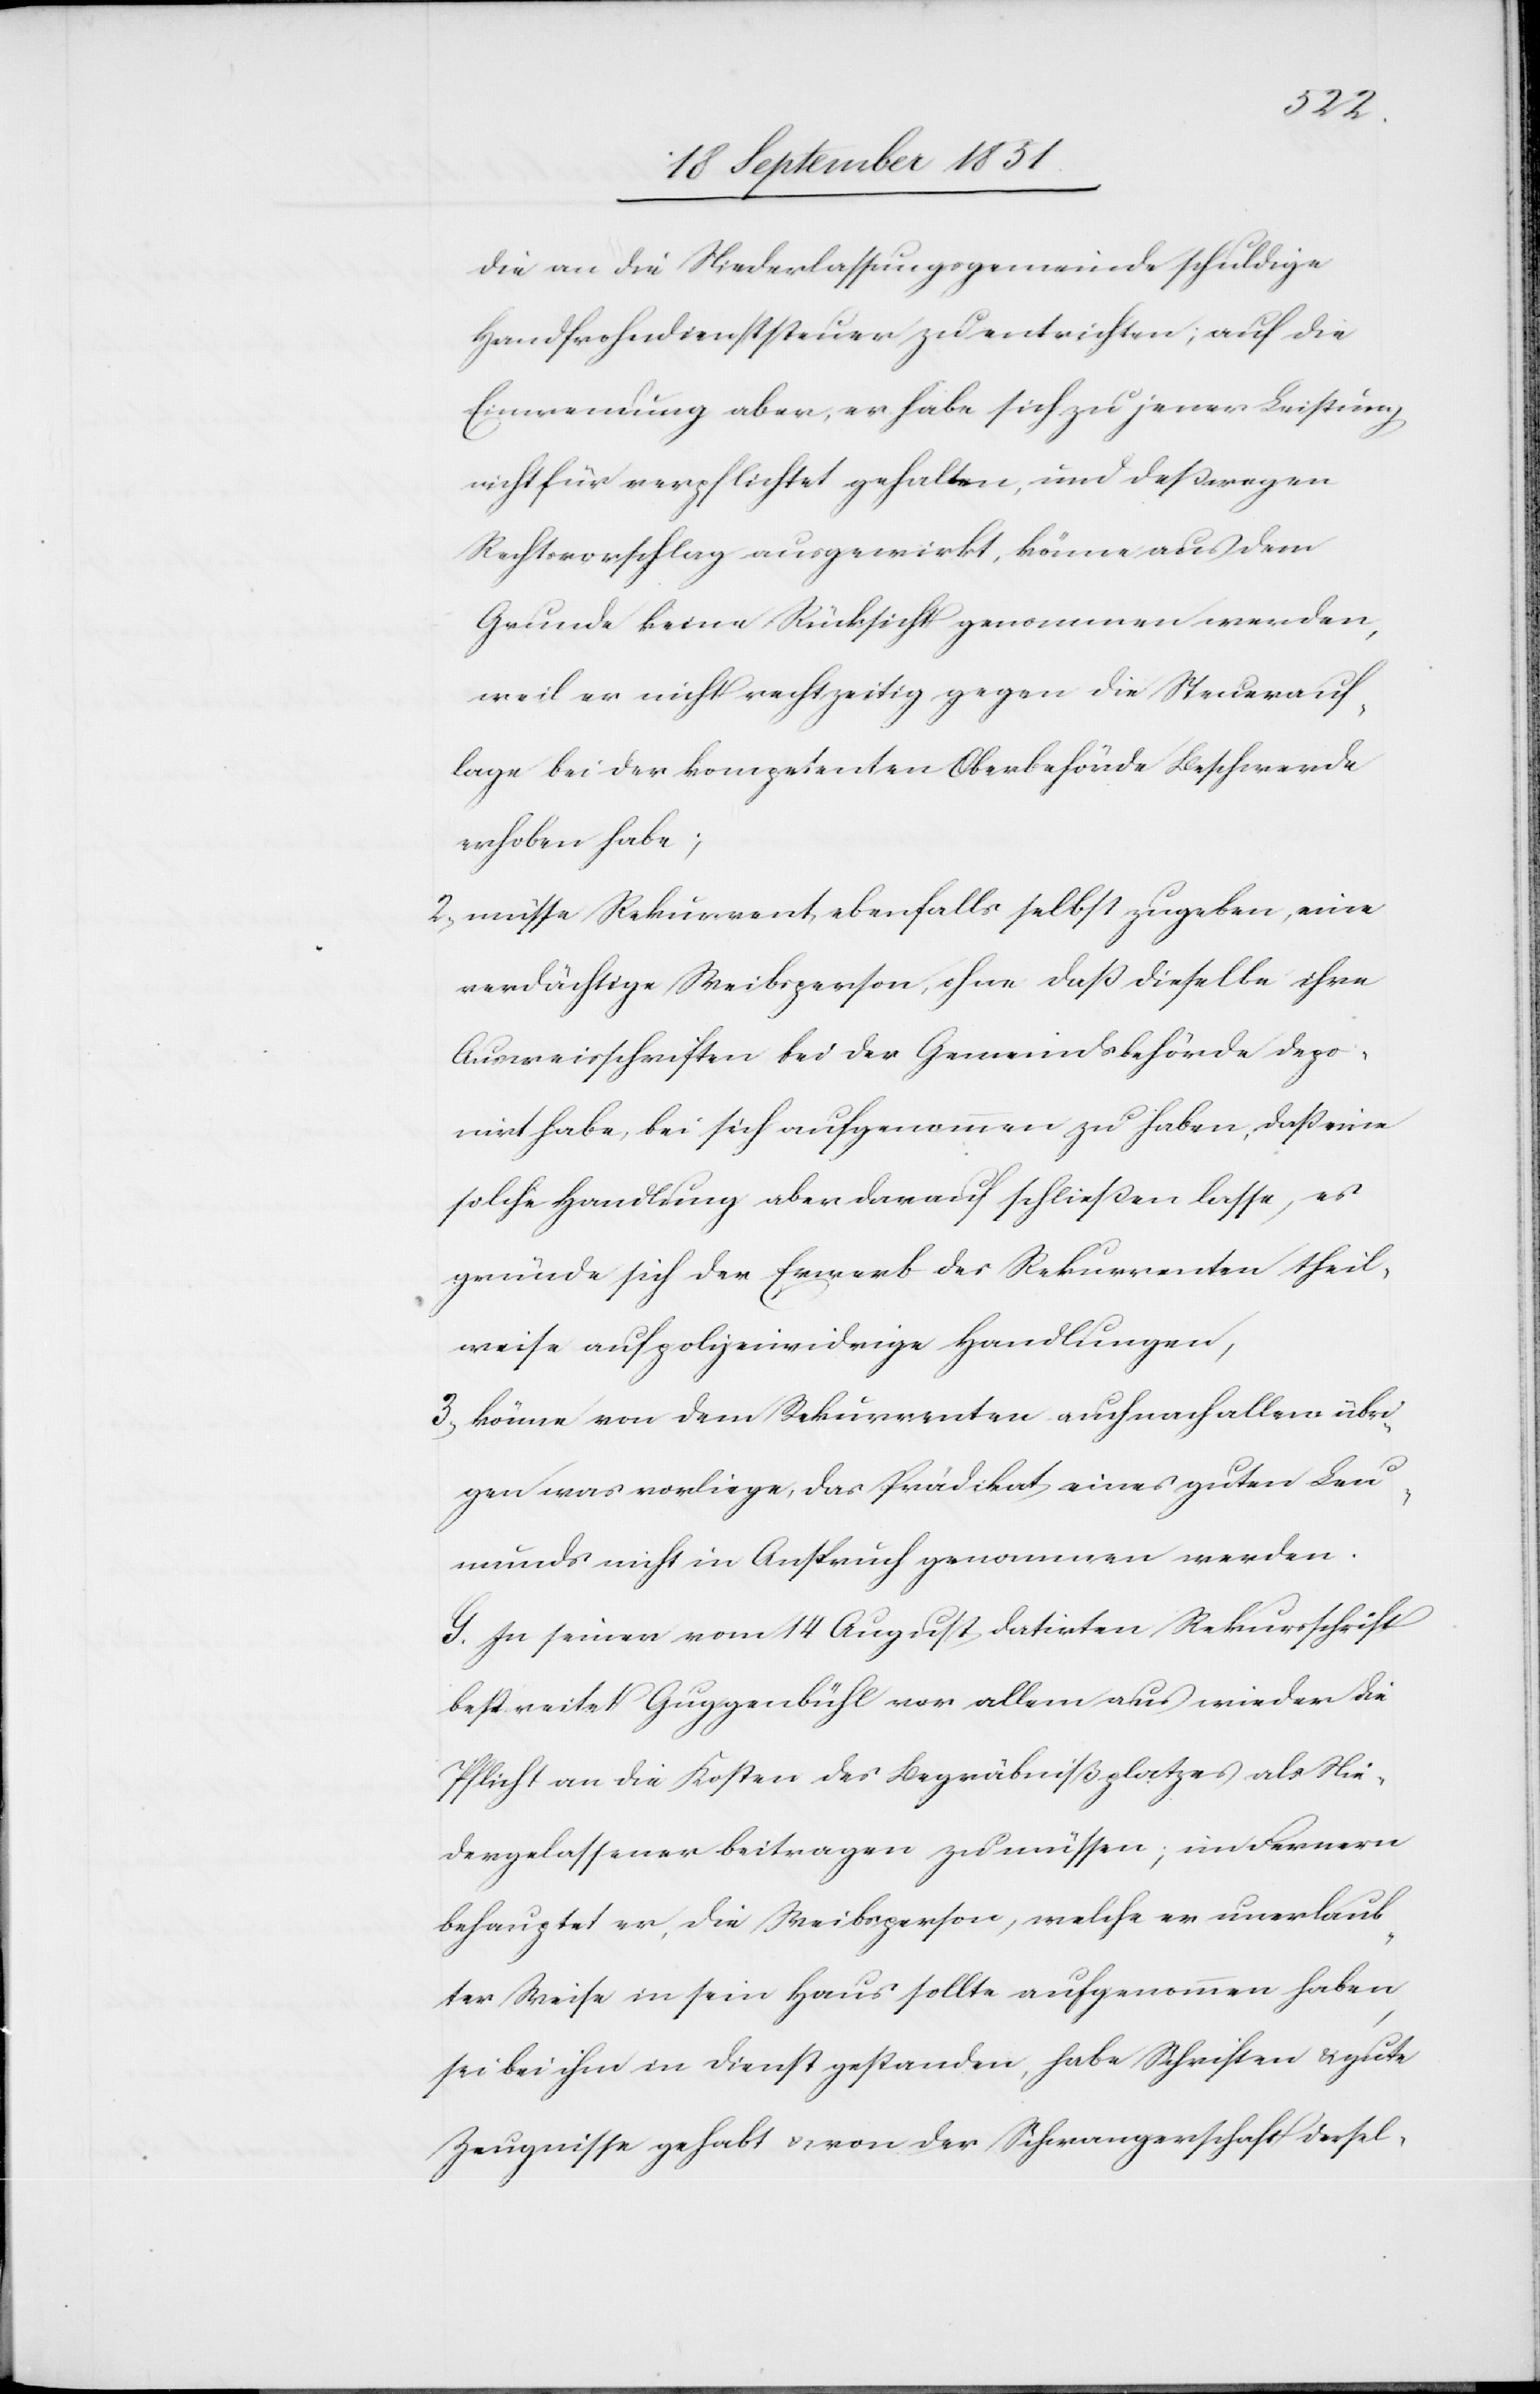
die an die Niederlassungsgemeinde schuldige
Handfrohndienststeuer zu entrichten; auf die
Einwendung aber, er habe sich zu jener Leistung
nicht für verpflichtet gehalten, und deßwegen
Rechtsvorschlag ausgewirkt, könne aus dem
Grunde keine Rücksicht genommen werden,
weil er nicht rechtzeitig gegen die Steuerauf¬
lage bei der kompetenten Oberbehörde Beschwerde
erhoben habe;
müsse Rekurrent ebenfalls selbst zugeben, eine
verdächtige Weibsperson, ohne daß dieselbe ihre
Ausweisschriften bei der Gemeindsbehörde depo¬
nirt habe, bei sich aufgenommen zu haben, daß eine
solche Handlung aber darauf schließen lasse, es
gründe sich der Erwerb des Rekurrenten theil¬
weise auf polizeiwidrige Handlungen,
könne von dem Rekurrenten auch nach allem übri¬
gen was vorliege, das Prädikat eines guten Leu¬
munds nicht in Anspruch genommen werden.
G. In seiner vom 14 August datirten Rekursschrift
bestreitet Guggenbühl vor allem aus wieder die
Pflicht an die Kosten des Begräbnißplatzes als Nie¬
dergelassener beitragen zu müssen; im Fernern
behauptet er, die Weibsperson, welche er unerlaub¬
ter Weise in sein Haus sollte aufgenommen haben,
sei bei ihm in Dienst gestanden, habe Schriften & gute
Zeugnisse gehabt & von der Schwangerschaft dersel-